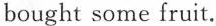
bought some fruit.